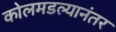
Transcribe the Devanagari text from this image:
कोलमडल्यानंतर